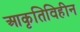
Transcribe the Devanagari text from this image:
आकृतिविहीन